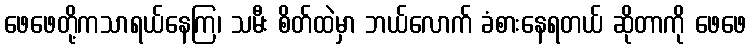
ဖေဖေတို့ကသာရယ်နေကြ၊ သမီး စိတ်ထဲမှာ ဘယ်လောက် ခံစားနေရတယ် ဆိုတာကို ဖေဖေ